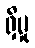
ရှိမှု